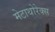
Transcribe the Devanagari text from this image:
मेटाथोरेक्स